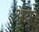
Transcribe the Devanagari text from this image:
अय्र